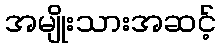
အမျိုးသားအဆင့်